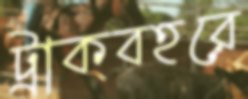
ট্রাকবহরে